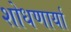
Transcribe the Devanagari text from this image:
शोधणार्या